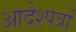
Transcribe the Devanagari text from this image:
आदेश्पत्रों